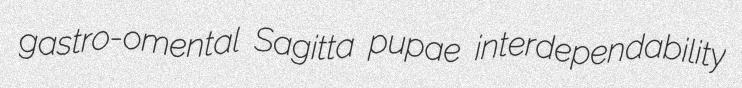
gastro-omental Sagitta pupae interdependability